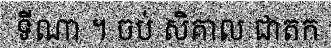
ទីណា ។ ចប់ សិគាល ជាតក